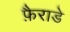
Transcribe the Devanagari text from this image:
फ़ैराडे